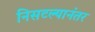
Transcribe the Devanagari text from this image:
निसटल्यानंतर